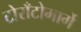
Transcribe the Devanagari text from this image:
टोराँटोमार्गे